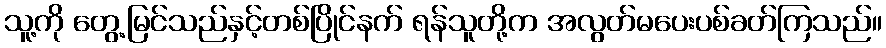
သူ့ကို တွေ့မြင်သည်နှင့်တစ်ပြိုင်နက် ရန်သူတို့က အလွတ်မပေးပစ်ခတ်ကြသည်။